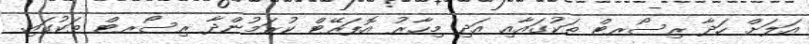
އަލަށް ހަދާ ރިސޯރޓް ތަކުގައާއި އަދި މިހާރު އޮޕަރޭޓް ކުރަމުންދާ ރިސޯރޓް ތަކުގައި.